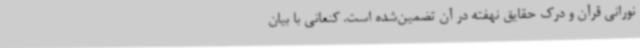
نورانی قرآن و درک حقایق نهفته در آن تضمین‌شده است. کنعانی با بیان